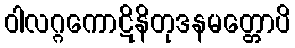
ဝါလဂ္ဂကောဋိနိတုဒနမတ္တောပိ